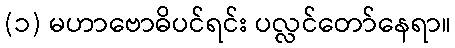
(၁) မဟာဗောဓိပင်ရင်း ပလ္လင်တော်နေရာ။